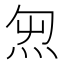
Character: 𱪸